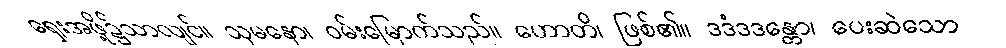
ရှေးအဖို့၌သာလျင်။ သုမနော၊ ဝမ်းမြောက်သည်။ ဟောတိ၊ ဖြစ်၏။ ဒဒံဒဒန္တော၊ ပေးဆဲသော